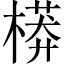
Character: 𣙷